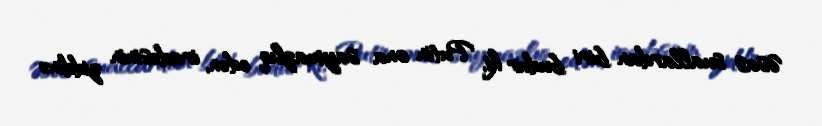
Əsas suallardan biri budur ki, Putin ona saymazlıq edən, iradəsinin ziddinə